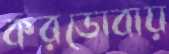
করডোবায়